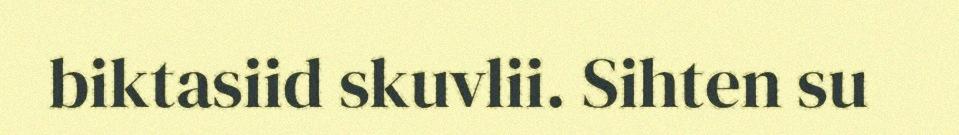
biktasiid skuvlii. Sihten su